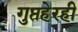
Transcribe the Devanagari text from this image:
गुप्तहेरही